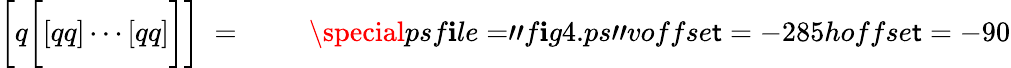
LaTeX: \biggl[q\biggl[[qq]\cdots[qq]\biggr]\biggr]\; =\; \left.\qquad\right.\special{psf\mathbf{i}le="f\mathbf{i}g4.ps"voffse\mathsf{t}=-285hoffse\mathsf{t}=-90}